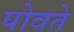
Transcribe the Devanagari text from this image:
पोवते